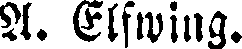
A. Elfwing.